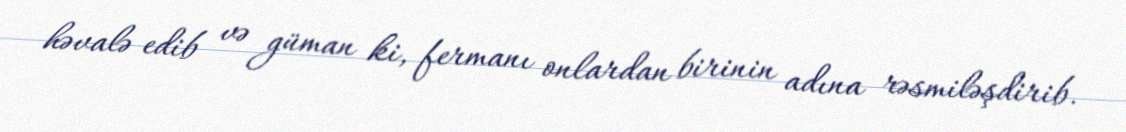
həvalə edib və güman ki, fermanı onlardan birinin adına rəsmiləşdirib.